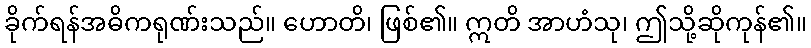
ခိုက်ရန်အဓိကရုဏ်းသည်။ ဟောတိ၊ ဖြစ်၏။ ဣတိ အာဟံသု၊ ဤသို့ဆိုကုန်၏။